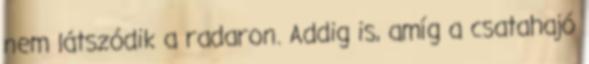
nem látszódik a radaron. Addig is, amíg a csatahajó